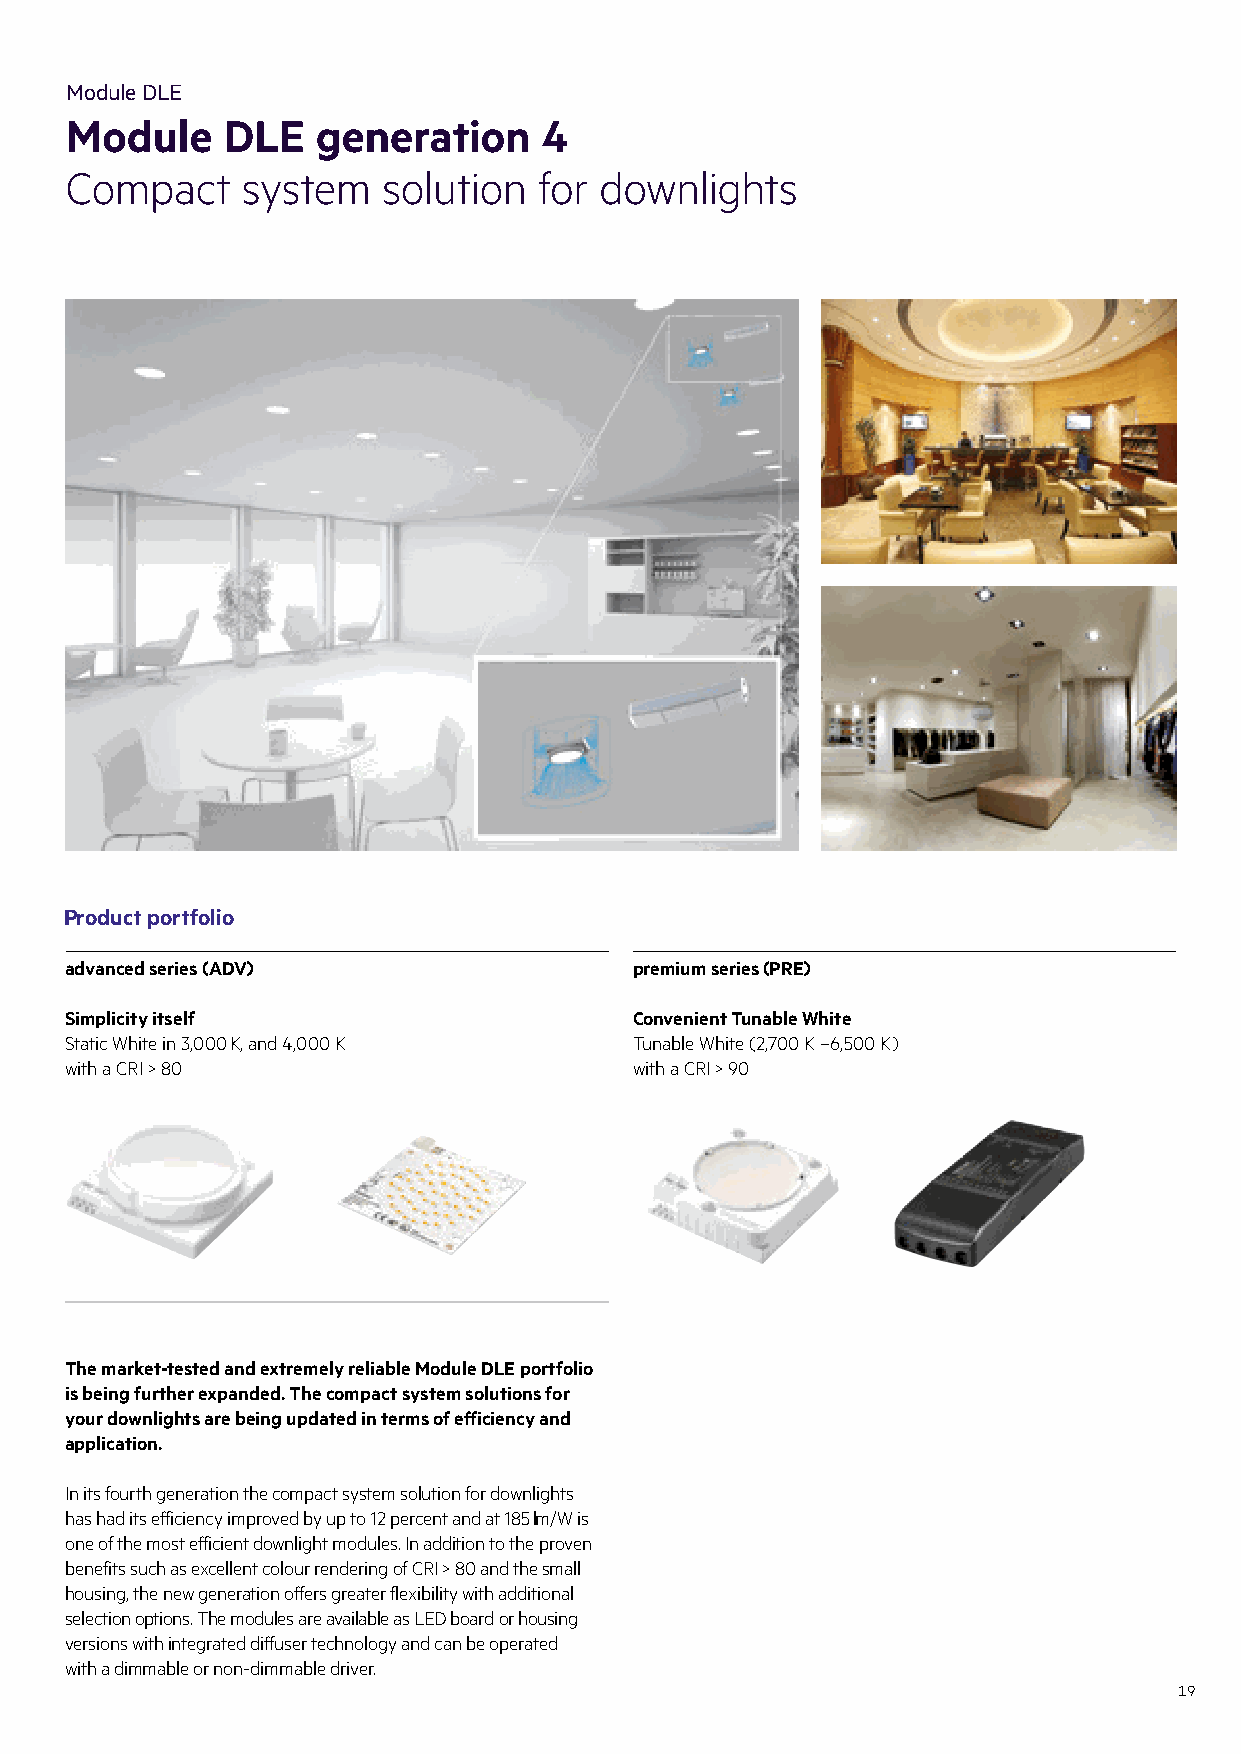
Module DLE
 Module     DLE   generation     4
 Compact     system   solution   for downlights
 Product portfolio
 advanced series (ADV)                 premium series (PRE)
 Simplicity itself                     Convenient Tunable White
 Static White in 3,000 K, and 4,000 K  Tunable White (2,700 K –6,500 K)
 with a CRI > 80                       with a CRI > 90
 The market-tested and extremely reliable Module DLE portfolio
 is being further expanded. The compact system solutions for
 your downlights are being updated in terms of efficiency and
 application.
 In its fourth generation the compact system solution for downlights
 has had its efficiency improved by up to 12 percent and at 185 lm/W is
 one of the most efficient downlight modules. In addition to the proven
 benefits such as excellent colour rendering of CRI > 80 and the small
 housing, the new generation offers greater flexibility with additional
 selection options. The modules are available as LED board or housing
 versions with integrated diffuser technology and can be operated
 with a dimmable or non-dimmable driver.
 19